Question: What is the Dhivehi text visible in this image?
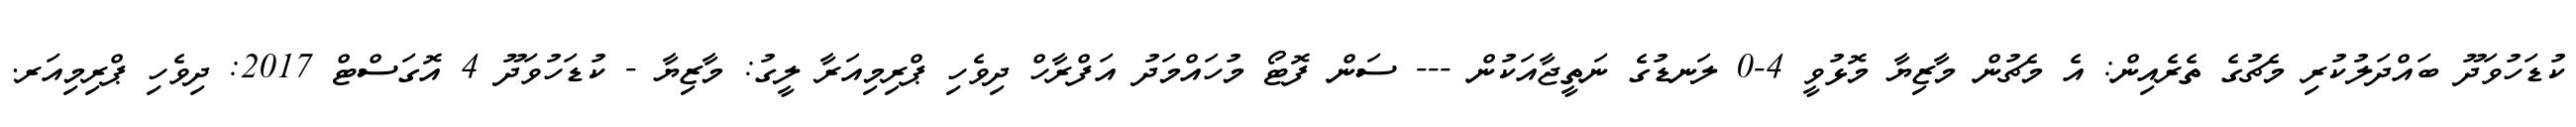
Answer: ކުޑަހުވަދޫ ބައްދަލުކުރި މެޗުގެ ތެރެއިން: އެ މެޗުން މާޒިޔާ މޮޅުވީ 4-0 ލަނޑުގެ ނަތީޖާއަކުން --- ސަން ފޮޓޯ މުހައްމަދު އަފްރާހް ދިވެހި ޕްރިމިއަރާ ލީގު: މާޒިޔާ - ކުޑަހުވަދޫ 4 އޮގަސްޓް 2017: ދިވެހި ޕްރިމިއަރ.